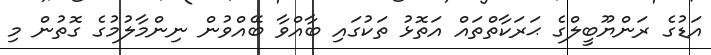
އަޑުގެ ރަންޔޫބީލްގެ ޙަރަކާތްތައް އަތޮޅު ތަކުގައި ބާއްވާ ބޭއްވުން ނިންމާލުމުގެ ގޮތުން މި